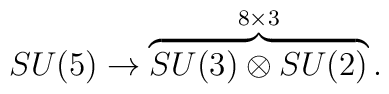
SU(5) \rightarrow \overbrace{SU(3) \otimes SU(2) }^{8 \times 3} .